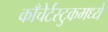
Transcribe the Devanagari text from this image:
काँचेर्टस्टुकमध्ये